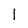
Character: 1